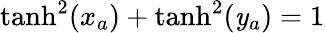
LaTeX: \operatorname{tanh}^{2}(x_{a})+\operatorname{tanh}^{2}(\mathit{y}_{a})=1